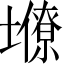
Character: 𡒭